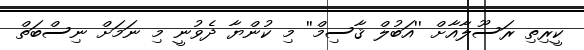
ކީރިތި ރަސޫލާއާށް ''އަބުލް ޤާސިމް'' މި ކުންޔާ ދެވުނީ މި ނަމަށް ނިސްބަތް